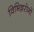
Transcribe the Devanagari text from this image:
विभिन्नरोगों